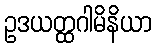
ဥဒယတ္ထဂါမိနိယာ